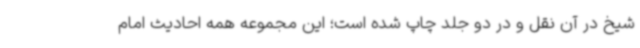
شیخ در آن نقل و در دو جلد چاپ شده است؛ این مجموعه همه احادیث امام